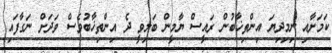
ކަމަށާއި ނިމިދިޔަ އިންތިޚާބުން ރައީސް ޔާމީން ބަލިވީ ދެ އިންތިޚާބުވެސް ވަދަށް ނަގާފައި